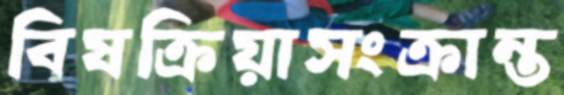
বিষক্রিয়াসংক্রান্ত